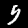
Digit: 5